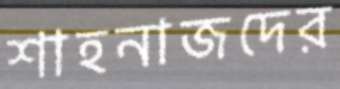
শাহনাজদের